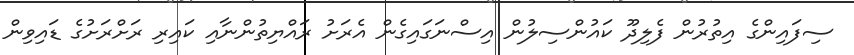
ސިފައިންގެ އިތުރުން ފެލިދޫ ކައުންސިލުން އިސްނަގައިގެން އެރަށު ރައްޔިތުންނާއި ކައިރި ރަށްރަށުގެ ޑައިވިން